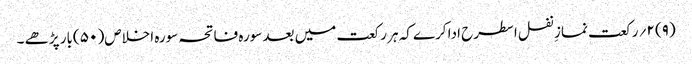
(۹) ۲؍ رکعت نمازِ نفل اسطرح ادا کرے کہ ہر رکعت میں بعد سورہ فاتحہ سورہ اخلاص( ۵۰ )بار پڑھے ۔